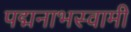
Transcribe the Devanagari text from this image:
पद्मनाभस्‍वामी